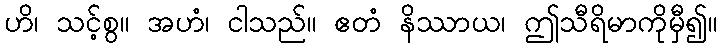
ဟိ၊ သင့်စွ။ အဟံ၊ ငါသည်။ ဧတံ နိဿာယ၊ ဤသီရိမာကိုမှီ၍။